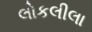
લોકલીલા